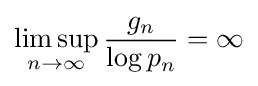
\limsup _{n\to \infty }{\frac {g_{n}}{\log p_{n}}}=\infty